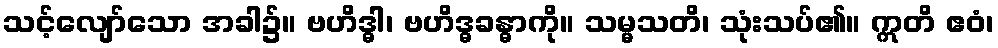
သင့်လျော်သော အခါ၌။ ဗဟိဒ္ဓါ၊ ဗဟိဒ္ဓခန္ဓာကို။ သမ္မသတိ၊ သုံးသပ်၏။ ဣတိ ဧဝံ၊